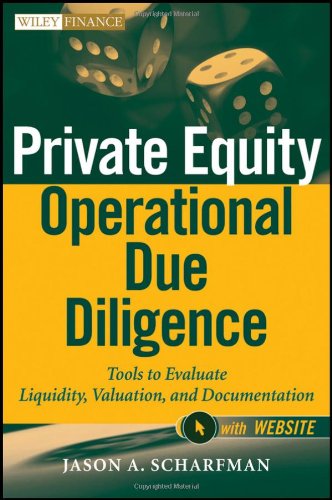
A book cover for Private Equity Operational Due Diligence, + Website: Tools to Evaluate Liquidity, Valuation, and Documentation; Jason A. Scharfman; Business & Money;